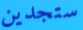
ستجدين